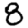
Digit: 8